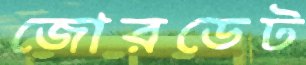
জোরডেট